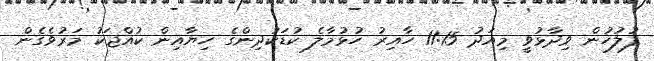
ފުލުހުން ވިދާޅުވީ މިއަދު 11:15 ހާއިރު ހުޅުމާލެ ކުޑަކުދިންގެ ހިޔާއިން ކުއްޖަކު މަރުވެގެން